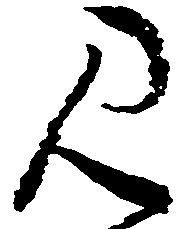
み